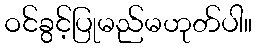
ဝင်ခွင့်ပြုမည်မဟုတ်ပါ။